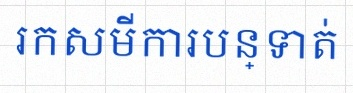
រកសមីការបន្ទាត់